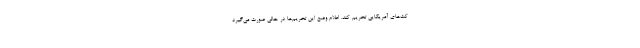
کت‌های آمریکایی تحریم کند. اعلام وضع این تحریم‌ها در حالی صورت می‌گیرد